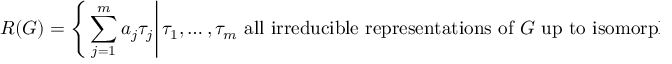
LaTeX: R ( G ) = \left\{ \left. \sum _ { j = 1 } ^ { m } a _ { j } \tau _ { j } \right| \tau _ { 1 } , \ldots , \tau _ { m } { \mathrm { ~ a l l ~ i r r e d u c i b l e ~ r e p r e s e n t a t i o n s ~ o f ~ } } G { \mathrm { ~ u p ~ t o ~ i s o m o r p h i s m } } , a _ { j } \in \mathbb { Z } \right\} .